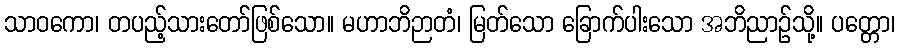
သာဝကော၊ တပည့်သားတော်ဖြစ်သော။ မဟာဘိဉာတံ၊ မြတ်သော ခြောက်ပါးသော အဘိညာဉ်သို့။ ပတ္တော၊